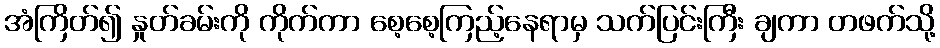
အံကြိတ်၍ နှုတ်ခမ်းကို ကိုက်ကာ စေ့စေ့ကြည့်နေရာမှ သက်ပြင်းကြီး ချကာ တဖက်သို့